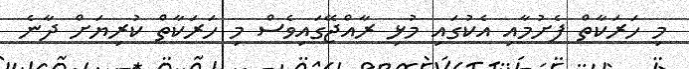
މި ހަރަކާތް ފެށުމާއި އެކުގައި މުޅި ރާއްޖޭގައިވެސް މި ހަރަކާތް ކުރިޔަށް ދާނެ